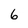
Character: 6